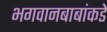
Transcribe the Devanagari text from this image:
भगवानबाबांकडे